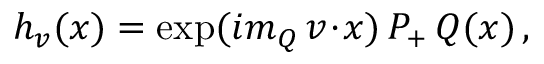
h _ { v } ( x ) = \exp ( { i m _ { Q } \, v \! \cdot \! x ) \, P _ { + } \, Q ( x ) \, , }